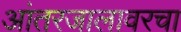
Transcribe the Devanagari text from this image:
आंतरजालावरचा